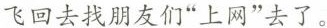
飞回去找朋友们”上网”去了。